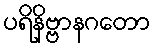
ပရိနိဗ္ဗာနဂတော